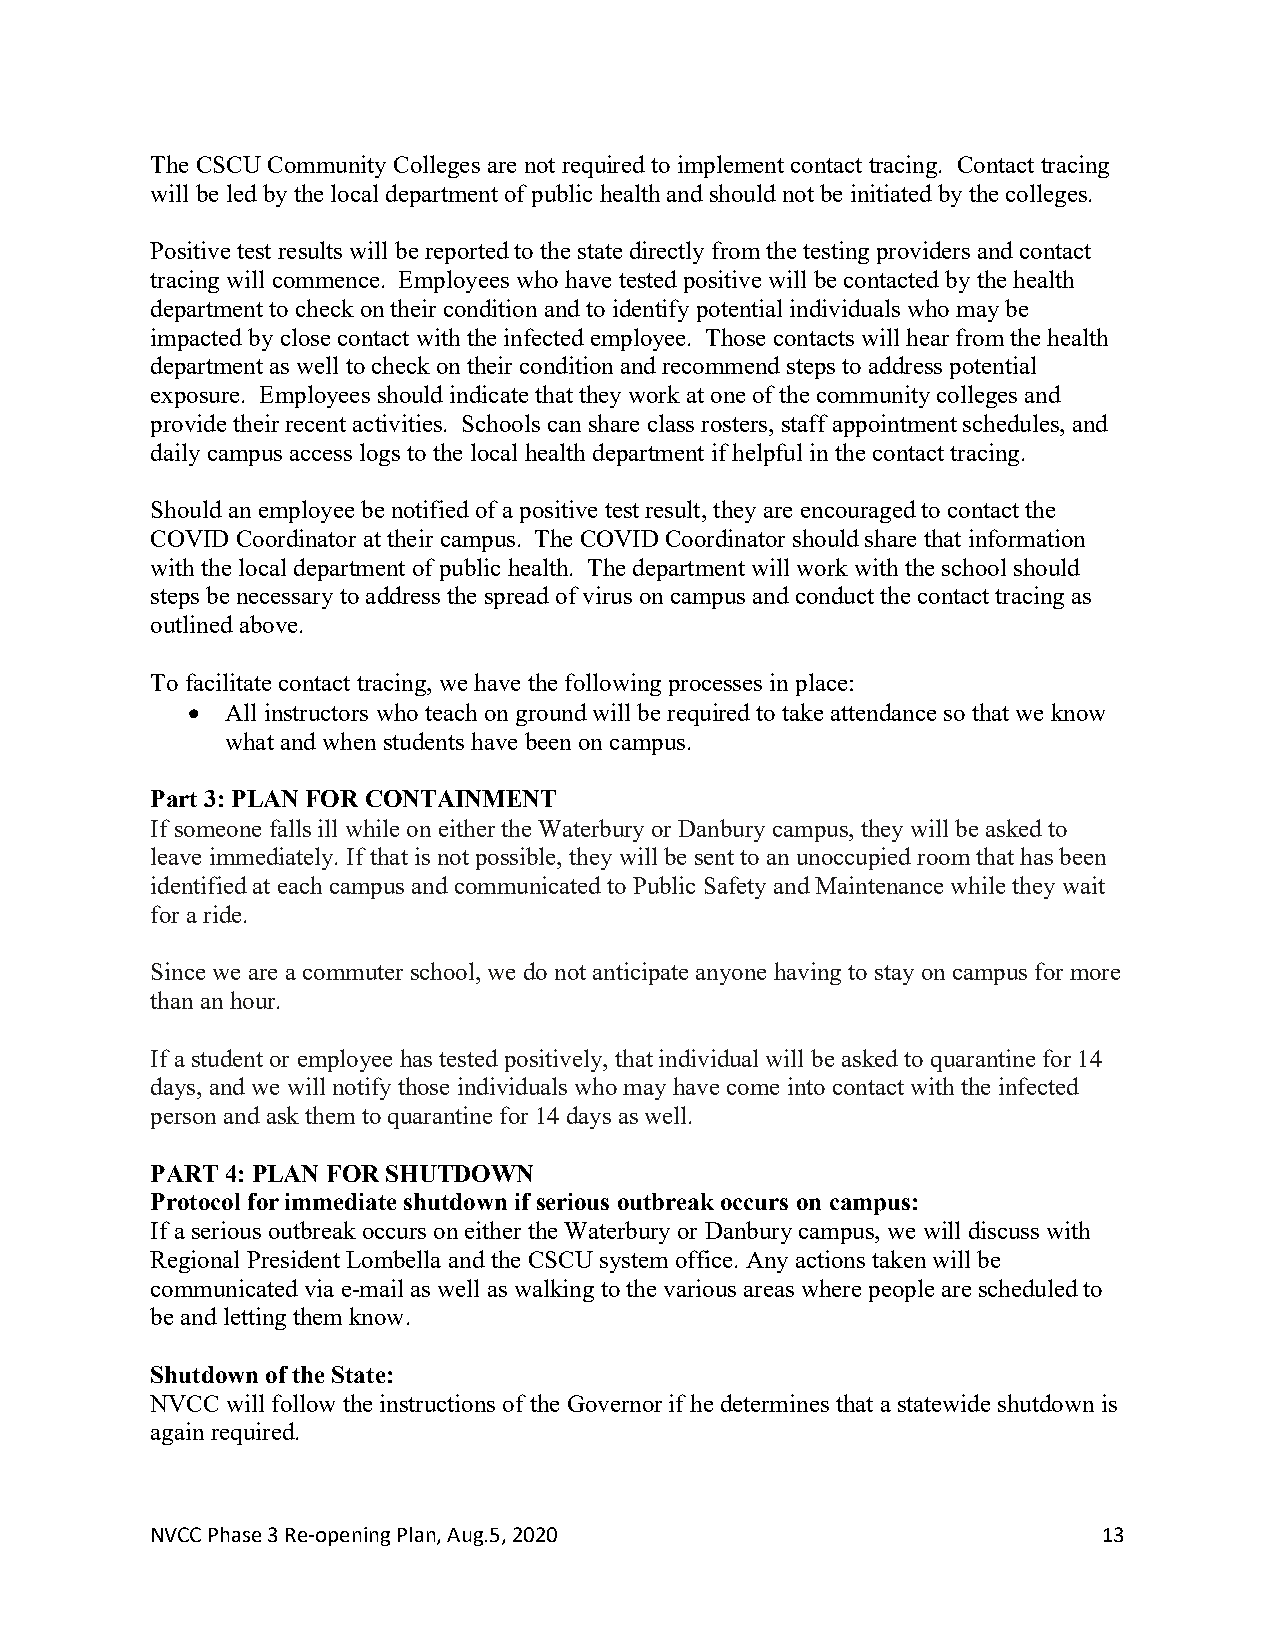
The CSCU Community Colleges are not required to implement contact tracing. Contact tracing
 will be led by the local department of public health and should not be initiated by the colleges.
 Positive test results will be reported to the state directly from the testing providers and contact
 tracing will commence. Employees who have tested positive will be contacted by the health
 department to check on their condition and to identify potential individuals who may be
 impacted by close contact with the infected employee. Those contacts will hear from the health
 department as well to check on their condition and recommend steps to address potential
 exposure. Employees should indicate that they work at one of the community colleges and
 provide their recent activities. Schools can share class rosters, staff appointment schedules, and
 daily campus access logs to the local health department if helpful in the contact tracing.
 Should an employee be notified of a positive test result, they are encouraged to contact the
 COVID Coordinator at their campus. The COVID Coordinator should share that information
 with the local department of public health. The department will work with the school should
 steps be necessary to address the spread of virus on campus and conduct the contact tracing as
 outlined above.
 To facilitate contact tracing, we have the following processes in place:
 •  All instructors who teach on ground will be required to take attendance so that we know
 what and when students have been on campus.
 Part 3: PLAN FOR CONTAINMENT
 If someone falls ill while on either the Waterbury or Danbury campus, they will be asked to
 leave immediately. If that is not possible, they will be sent to an unoccupied room that has been
 identified at each campus and communicated to Public Safety and Maintenance while they wait
 for a ride.
 Since we are a commuter school, we do not anticipate anyone having to stay on campus for more
 than an hour.
 If a student or employee has tested positively, that individual will be asked to quarantine for 14
 days, and we will notify those individuals who may have come into contact with the infected
 person and ask them to quarantine for 14 days as well.
 PART 4: PLAN FOR SHUTDOWN
 Protocol for immediate shutdown if serious outbreak occurs on campus:
 If a serious outbreak occurs on either the Waterbury or Danbury campus, we will discuss with
 Regional President Lombella and the CSCU system office. Any actions taken will be
 communicated via e-mail as well as walking to the various areas where people are scheduled to
 be and letting them know.
 Shutdown of the State:
 NVCC will follow the instructions of the Governor if he determines that a statewide shutdown is
 again required.
 NVCC Phase 3 Re-opening Plan, Aug.5, 2020                      13